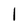
Character: 1